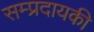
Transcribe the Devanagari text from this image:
सम्प्रदायकी